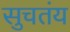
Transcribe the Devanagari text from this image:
सुचतंय